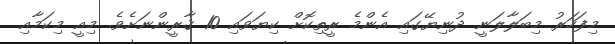
މިފަހަރު މިބަލާލަނީ ދުނިޔޭގައި އެންމެ ރީތިކޮށް ކިޔަވައި 10 ޤާރީންނަށެވެ. މިއީ މިކަމާއި